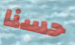
حسنا